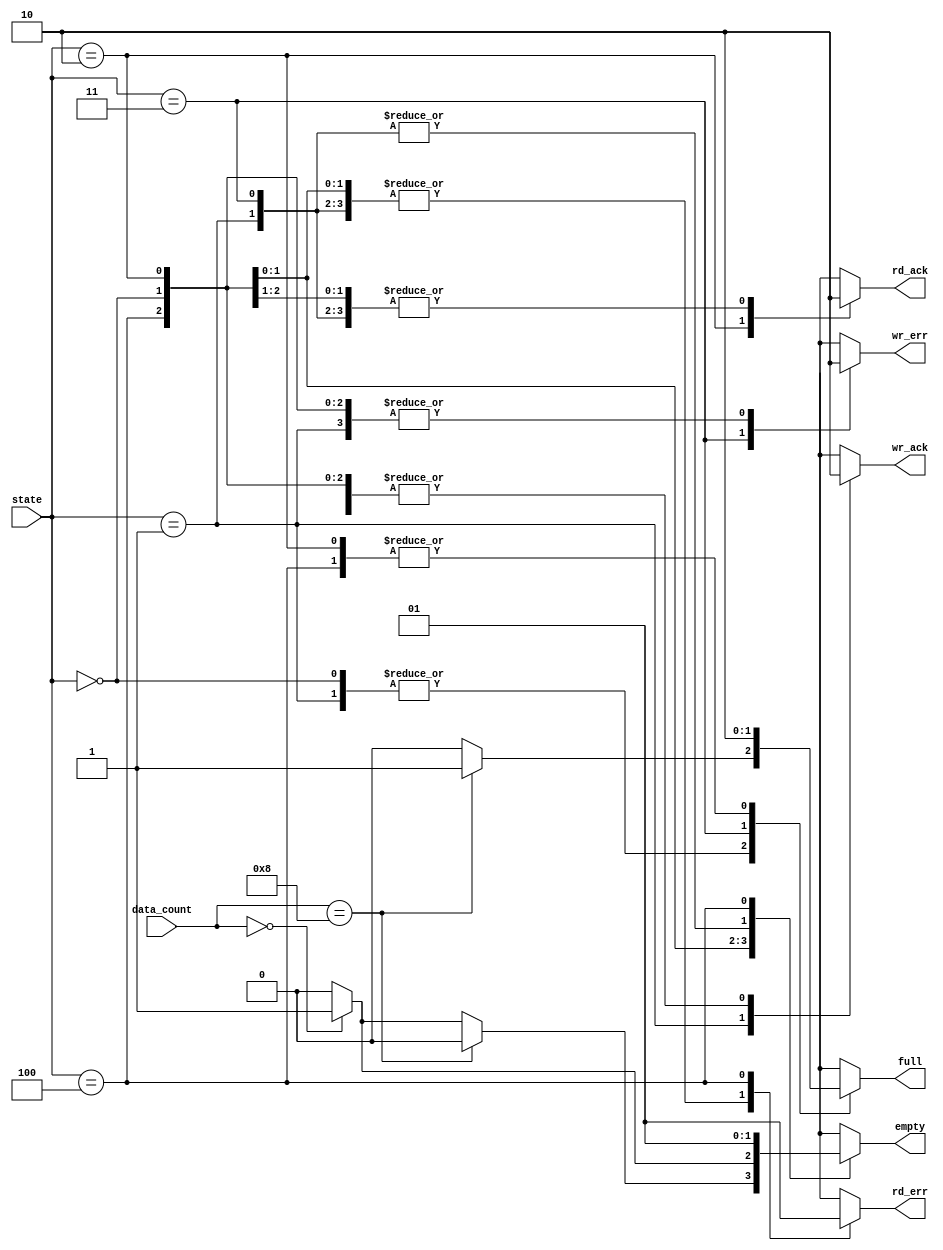
module fifo_in_out(state, data_count, full, empty, wr_ack, wr_err, rd_ack, rd_err);	//module of fifo_out // output logic
	input [2:0] state;				//input ports
	input [3:0] data_count;			
	
	output full, empty, wr_ack, wr_err, rd_ack, rd_err;	//output ports
	reg full, empty, wr_ack, wr_err, rd_ack, rd_err;
	
	parameter IDLE=3'b000;			//parameterize state value
	parameter WRITE=3'b001;
	parameter READ=3'b010;
	parameter WR_ERROR=3'b011;
	parameter RD_ERROR=3'b100;
				
	always@(state, data_count)		//whenever state, data_count are changed.
		case(state) 					//as state value, output value is allocated 0 or 1
			IDLE  	:	if(data_count==8)
							begin full=1; wr_ack=0; wr_err=0; empty=0 ; rd_ack=0; rd_err=0;	end	//when INIT state, output value
							else if(data_count==0)
							begin full=0; wr_ack=0; wr_err=0; empty=1 ; rd_ack=0; rd_err=0;	end
							else
							begin full=0; wr_ack=0; wr_err=0; empty=0 ; rd_ack=0; rd_err=0;	end
							
			WRITE		: 	if(data_count==8) 
							begin full=1; wr_ack=1; wr_err=0; empty=0; rd_ack=0; rd_err=0;end 
							else
							begin full=0; wr_ack=1; wr_err=0; empty=0; rd_ack=0; rd_err=0;end
			
			READ		: 	if(data_count==0)
							begin full=0; wr_ack=0; wr_err=0; empty=1; rd_ack=1; rd_err=0; end	//when READ state, output value
							else
							begin full=0; wr_ack=0; wr_err=0; empty=0; rd_ack=1; rd_err=0; end
			
			WR_ERROR : begin full=1; wr_ack=0; wr_err=1; empty=0 ; rd_ack=0; rd_err=0; end	//when WR_ERROR state, output value
			
			RD_ERROR : begin full=0; wr_ack=0; wr_err=0; empty=1 ; rd_ack=0; rd_err=1; end	//when RD_ERROR state, output value
			
			default : begin wr_err=1'bx ; wr_ack=1'bx; rd_err=1'bx ; rd_ack=1'bx; full=1'bx; empty=1'bx;end
			//default value : every output values is unknown value
		endcase

endmodule			//end module